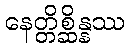
နေတ္တိစ္ဆိန္နဿ